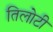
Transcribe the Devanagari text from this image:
तिलोटी